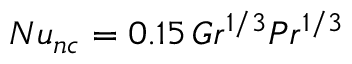
N u _ { n c } = 0 . 1 5 \, G r ^ { 1 / 3 } P r ^ { 1 / 3 }